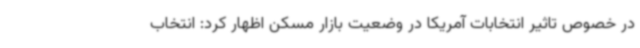
در خصوص تاثیر انتخابات آمریکا در وضعیت بازار مسکن اظهار ‌کرد: انتخاب